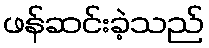
ဖန်ဆင်းခဲ့သည်